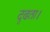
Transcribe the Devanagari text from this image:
दृढता।